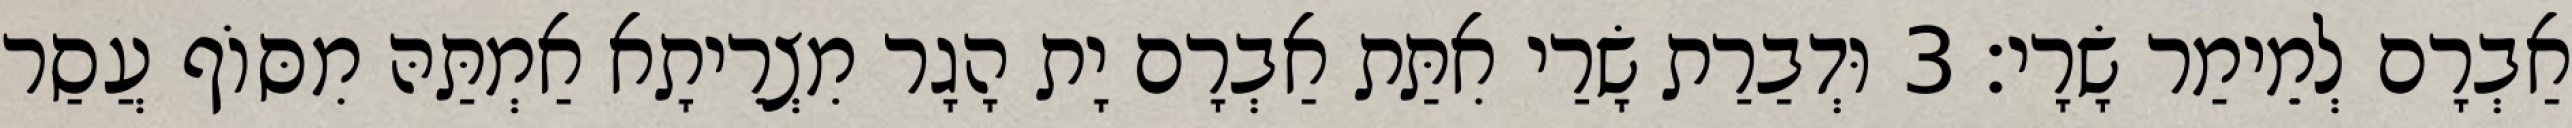
אַבְרָם לְמֵימַר שָׂרָי׃ 3 וּדְבַרַת שָׂרַי אִתַּת אַבְרָם יָת הָגָר מִצְרֵיתָא אַמְתַּהּ מִסּוֹף עֲסַר